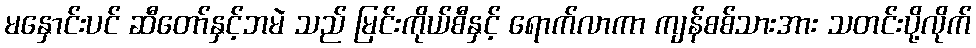
မနှောင်းပင် ဆီတော်နှင့်ဘမဲ သည် မြင်းကိုယ်စီနှင့် ရောက်လာကာ ကျန်စစ်သားအား သတင်းပို့လိုက်